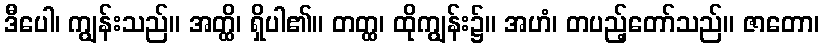
ဒီပေါ၊ ကျွန်းသည်။ အတ္ထိ၊ ရှိပါ၏။ တတ္ထ၊ ထိုကျွန်း၌။ အဟံ၊ တပည့်တော်သည်။ ဇာတော၊